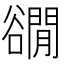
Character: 𧯎